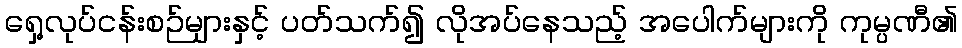
ရှေ့လုပ်ငန်းစဉ်များနှင့် ပတ်သက်၍ လိုအပ်နေသည့် အပေါက်များကို ကုမ္ပဏီ၏